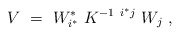
\begin{align*}V ~=~ W^*_{i^*} ~K^{-1 ~{i^*} j} ~W_j ~,\end{align*}